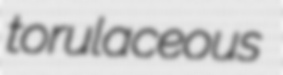
torulaceous